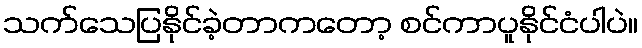
သက်သေပြနိုင်ခဲ့တာကတော့ စင်ကာပူနိုင်ငံပါပဲ။